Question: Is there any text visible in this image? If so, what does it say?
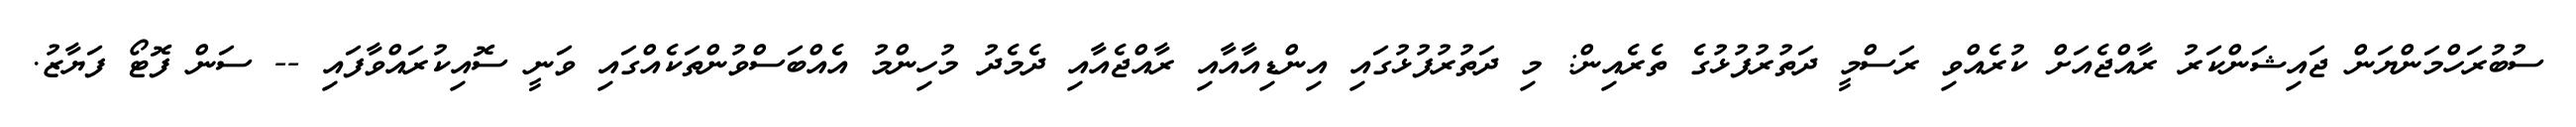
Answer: ސުބުރަހްމަންޔަން ޖައިޝަންކަރު ރާއްޖެއަށް ކުރެއްވި ރަސްމީ ދަތުރުފުޅުގެ ތެރެއިން: މި ދަތުރުފުޅުގައި އިންޑިއާއާއި ރާއްޖެއާއި ދެމެދު މުހިންމު އެއްބަސްވުންތަކެއްގައި ވަނީ ސޮއިކުރައްވާފައި -- ސަން ފޮޓޯ ފަޔާޒު.